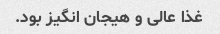
غذا عالی و هیجان انگیز بود.